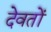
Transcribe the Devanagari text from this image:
देवतों